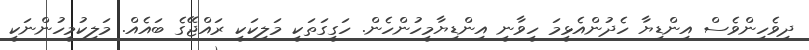
ދިވެހިންވެސް އިންޑިޔާ ހެދުންއެޅީމަ ހީވާނީ އިންޑިޔާމީހުންހެން. ހަގީގަތަކީ މަލިކަކީ ރައްޖޭގެ ބައެއް. މަލިކުމީހުންނަކީ